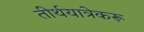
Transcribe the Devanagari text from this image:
तीर्थयात्रेकरू